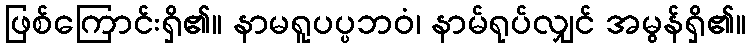
ဖြစ်ကြောင်းရှိ၏။ နာမရူပပ္ပဘဝံ၊ နာမ်ရုပ်လျှင် အမွန်ရှိ၏။